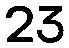
23